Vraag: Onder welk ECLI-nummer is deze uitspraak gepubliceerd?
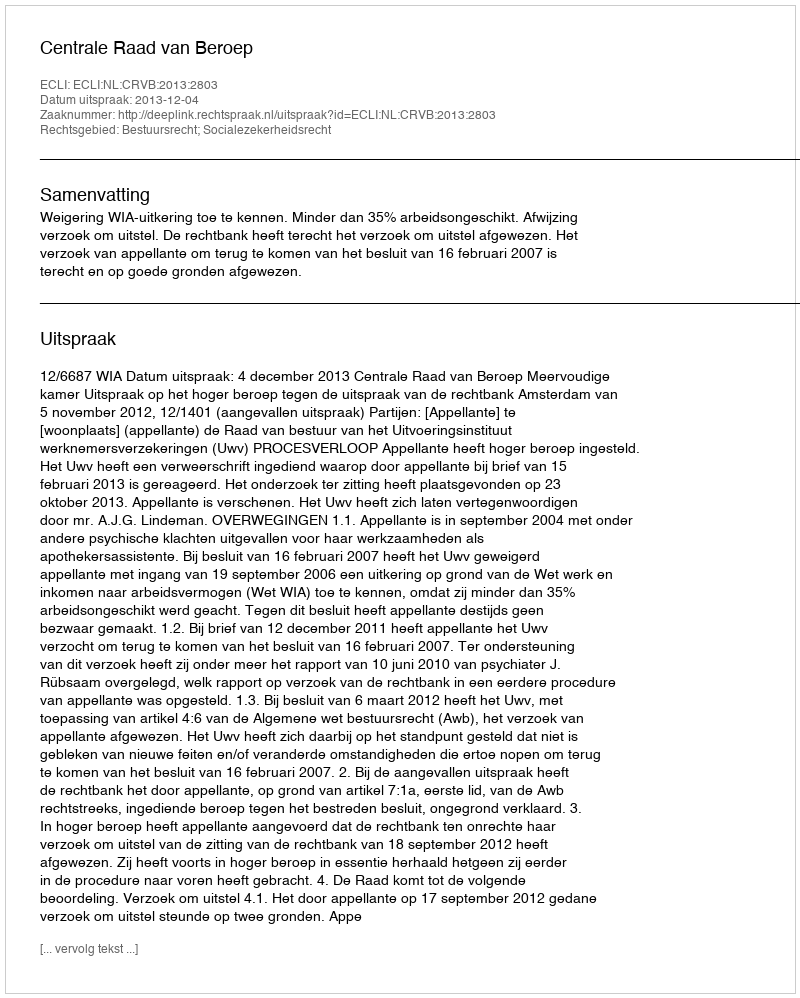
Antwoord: ECLI:NL:CRVB:2013:2803